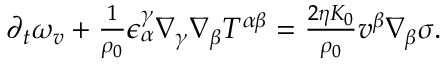
\begin{array} { r } { \partial _ { t } \omega _ { v } + \frac { 1 } { \rho _ { 0 } } \epsilon _ { \alpha } ^ { \gamma } \nabla _ { \gamma } \nabla _ { \beta } T ^ { \alpha \beta } = \frac { 2 \eta K _ { 0 } } { \rho _ { 0 } } v ^ { \beta } \nabla _ { \beta } \sigma . } \end{array}